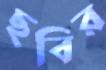
ছবির